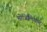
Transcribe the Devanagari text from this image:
मोजिलियान